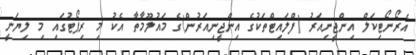
އެރޯނޯޓިކަލް އިންޖީނިއަރު (ފްލައިޓްތަކުގެ އިންޖީނިއަރުން)ގެ މައުލޫމާތާ އެކު މި ރިޕޯޓުގައި މި ލިޔަނީ